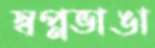
স্বপ্নভাঙা